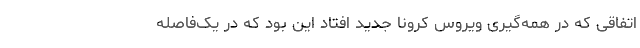
اتفاقی که در همه‌گیری ویروس کرونا جدید افتاد این بود که در یک‌فاصله